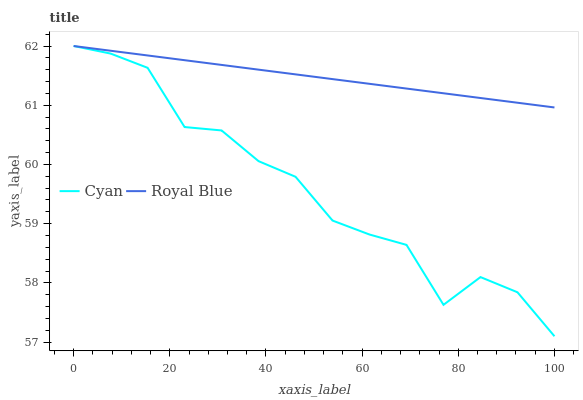
| xaxis_label | Cyan | Royal Blue |
 | --- | --- | --- |
 | 0 | 62 | 62 |
 | 7.69 | 61.9 | 61.9 |
 | 15.4 | 61.6 | 61.8 |
 | 23.1 | 60.6 | 61.8 |
 | 30.8 | 60.6 | 61.7 |
 | 38.5 | 60.1 | 61.6 |
 | 46.2 | 59.8 | 61.5 |
 | 53.8 | 59.1 | 61.4 |
 | 61.5 | 58.8 | 61.4 |
 | 69.2 | 58.6 | 61.3 |
 | 76.9 | 57.6 | 61.2 |
 | 84.6 | 58.1 | 61.1 |
 | 92.3 | 57.8 | 61 |
 | 100 | 57.1 | 61 |